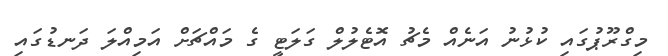
މިގްރޫޕުގައި ކުޅުނު އަނެއް މެޗު އޮޓެލުލް ގަލަޓީ ގެ މައްޗަށް އަމިއްލަ ދަނޑުގައި